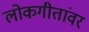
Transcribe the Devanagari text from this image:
लोकगीतांवर